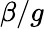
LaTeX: \beta/g